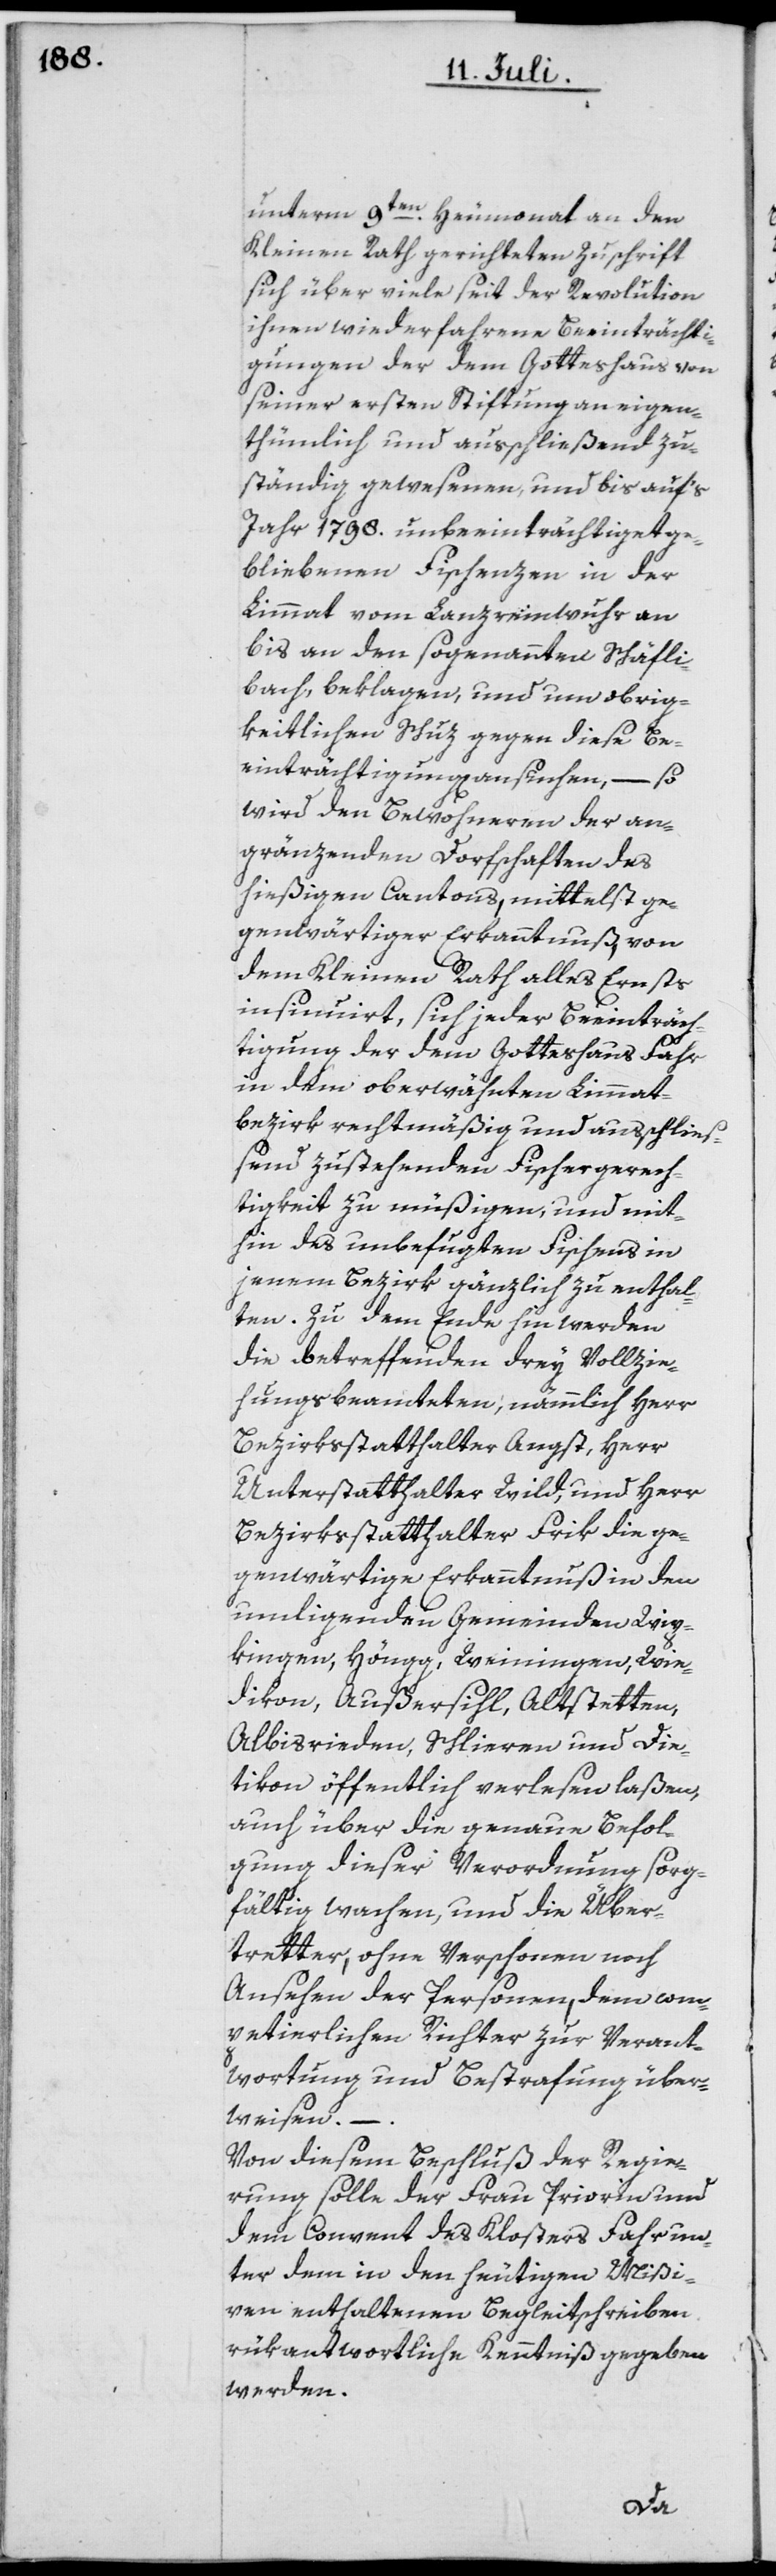
unterm 9ten Heumonat an den
Kleinen Rath gerichteten Zuschrift
sich über viele seit der Revolution
ihnen wiederfahrene Beeinträchti¬
gungen der dem Gotteshaus von
seiner ersten Stiftung an eigen¬
thümlich und ausschließend zu¬
ständig gewesenen, und bis auf’s
Jahr 1798. unbeeinträchtiget ge¬
bliebenen Fischenzen in der
Limmat vom Lanzremwuhr an
bis an den sogenannten Schäfli¬
bach, beklagen, und um obrig¬
keitlichen Schuz gegen diese Be¬
einträchtigungen suchen, – so
wird den Bewohneren der an¬
gränzenden Dorfschaften des
hießigen Cantons, mittelst ge¬
genwärtiger Erkanntnuß, von
dem Kleinen Rath alles Ernsts
insinuirt, sich jeder Beeinträch¬
tigung der dem Gotteshaus Fahr
in dem oberwähnten Limmat¬
bezirk rechtmäßig und ausschließ¬
end zustehenden Fischergerech¬
tigkeit zu müßigen, und mit¬
hin des unbefugten Fischens in
jenem Bezirk gänzlich zu enthal¬
ten. Zu dem Ende hin werden
die betreffenden drey Vollzie¬
hungsbeamteten, nämmlich Herr
Bezirksstatthalter Angst, Herr
Unterstatthalter Wild, und Herr
Bezirksstatthalter Frik die ge¬
genwärtige Erkanntnuß in den
umligenden Gemeinden Wip¬
kingen, Höngg, Weiningen, Wie¬
dikon, Außersihl, Altstetten,
Albisrieden, Schlieren und Die¬
tikon öffentlich verlesen laßen,
auch über die genaue Befol¬
gung dieser Verordnung sorg¬
fältig wachen, und die Über¬
tretter, ohne Verschonen noch
Ansehen der Personen, dem com¬
petierlichen Richter zur Verant¬
wortung und Bestrafung über¬
weisen. – .
Von diesem Beschluß der Regie¬
rung solle der Frau Priorin und
dem Convent des Klosters Fahr un¬
ter dem in den heutigen Mißi¬
ven enthaltenen Begleitschreiben
rükantwortliche Kenntniß gegeben
werden.